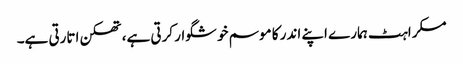
مسکراہٹ ہمارے اپنے اندر کا موسم خوشگوار کرتی ہے، تھکن اتارتی ہے۔